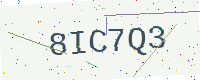
Text: 8IC7Q3